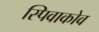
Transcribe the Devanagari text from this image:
स्पिवाकोव